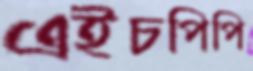
এইচপিপি